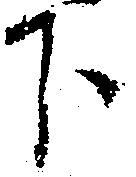
下